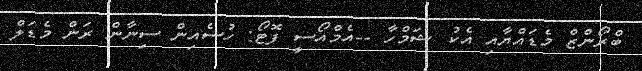
ބްރޯންޒް މެޑައްޔާއި އެކު ޝަމްހާ --އެމްއޯސީ ފޮޓޯ: ހުސެއިން ސިނާން ރަން މެޑަލް